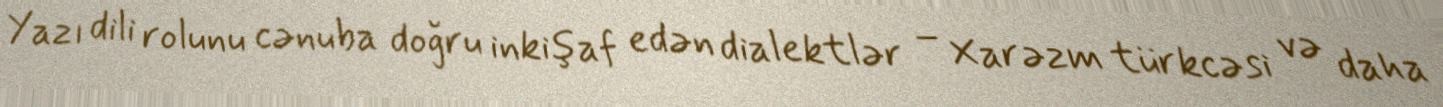
Yazı dili rolunu cənuba doğru inkişaf edən dialektlər – Xarəzm türkcəsi və daha